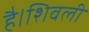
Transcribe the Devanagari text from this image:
है।शिवली